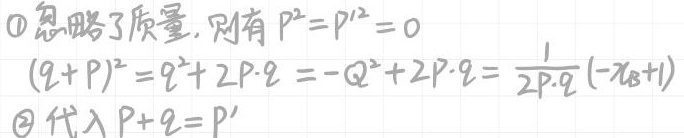
\textcircled{1}忽略了质量, 则有 $P^{2}=P'^{2}=0$
$$(q + P)^{2}=q^{2}+2P\cdot q=-Q^{2}+2P\cdot q=\frac{1}{2P\cdot q}(-x_{B}+1)$$
\textcircled{2}代入 $P + q = P'$